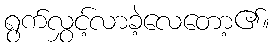
ရွက်လွှင့်လာခဲ့လေတော့၏။